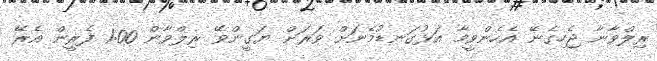
ރިލްވާނާ ޖެހިގެނޭ އެހެންވީމާ އަޅުގަނޑުމެނަށް ވަރަށް ޔަގީންވޭ ރިލްވާން 1:00 ފެރީން އެރޭ